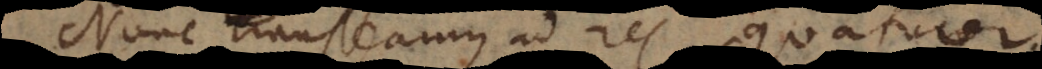
Nunc transeamus ad res quatuor,